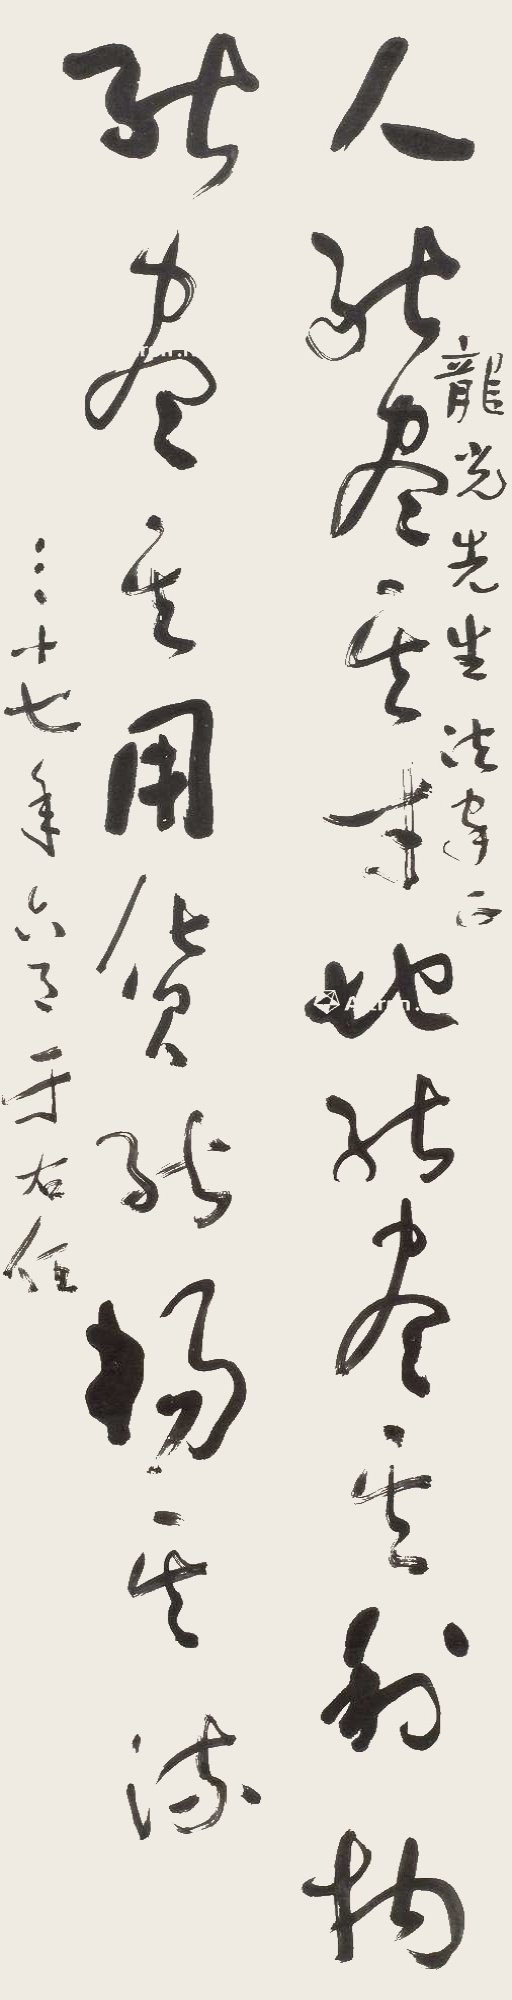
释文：人能尽其才，地能尽其利,物能尽其用,货能畅其流。龙光先生法家正。三十七年六月，于右任。